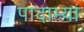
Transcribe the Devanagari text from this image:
पादाभ्यां